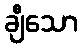
ချီသော